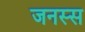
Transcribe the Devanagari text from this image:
जनस्स